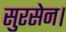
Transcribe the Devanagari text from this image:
सुरसेन।